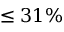
\leq 3 1 \%